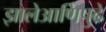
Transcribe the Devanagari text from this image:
झालेआणिपुढे